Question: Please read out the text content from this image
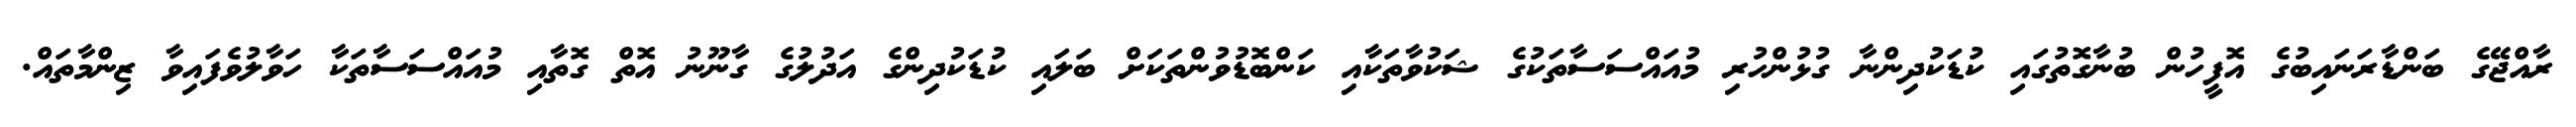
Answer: ރާއްޖޭގެ ބަންޑާރަނައިބުގެ އޮފީހުން ބުނާގޮތުގައި ކުޑަކުދިންނާ ގުޅުންހުރި މުއައްސަސާތަކުގެ ޝަކުވާތަކާއި ކަންބޮޑުވުންތަކަށް ބަލައި ކުޑަކުދިންގެ އަދުލުގެ ގާނޫނު އޮތް ގޮތާއި މުއައްސަސާތަކާ ހަވާލުވެފައިވާ ޒިންމާތައް.